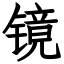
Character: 镜